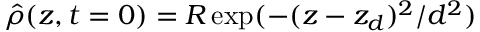
\hat { \rho } ( z , t = 0 ) = R \exp ( - ( z - z _ { d } ) ^ { 2 } / d ^ { 2 } )